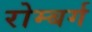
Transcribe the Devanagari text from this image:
रोम्बर्ग